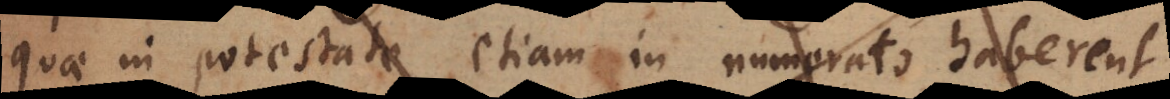
quae in potestate, etiam in numerato haberent